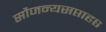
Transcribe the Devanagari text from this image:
सौजन्यसप्ताह६